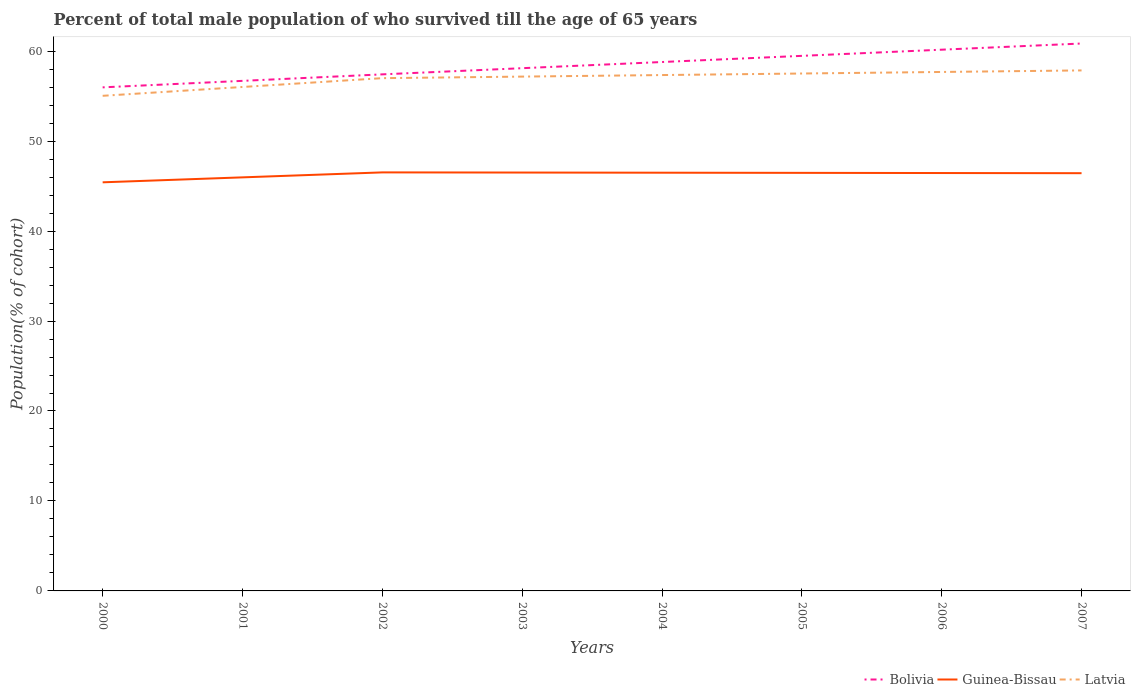
| Years | Bolivia | Guinea-Bissau | Latvia |
 | --- | --- | --- | --- |
 | 2000 | 56 | 45.4 | 55 |
 | 2001 | 56.7 | 46 | 56 |
 | 2002 | 57.4 | 46.5 | 57 |
 | 2003 | 58.1 | 46.5 | 57.2 |
 | 2004 | 58.8 | 46.5 | 57.3 |
 | 2005 | 59.5 | 46.5 | 57.5 |
 | 2006 | 60.2 | 46.5 | 57.7 |
 | 2007 | 60.8 | 46.4 | 57.9 |